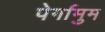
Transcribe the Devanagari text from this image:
पेर्गामुम